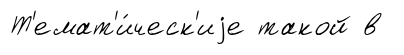
Т'емат'и́ческ'иjе такой в